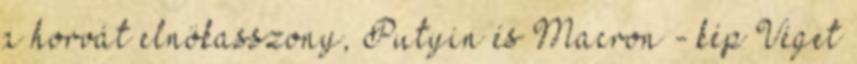
a horvát elnökasszony, Putyin és Macron - kép Véget